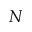
N